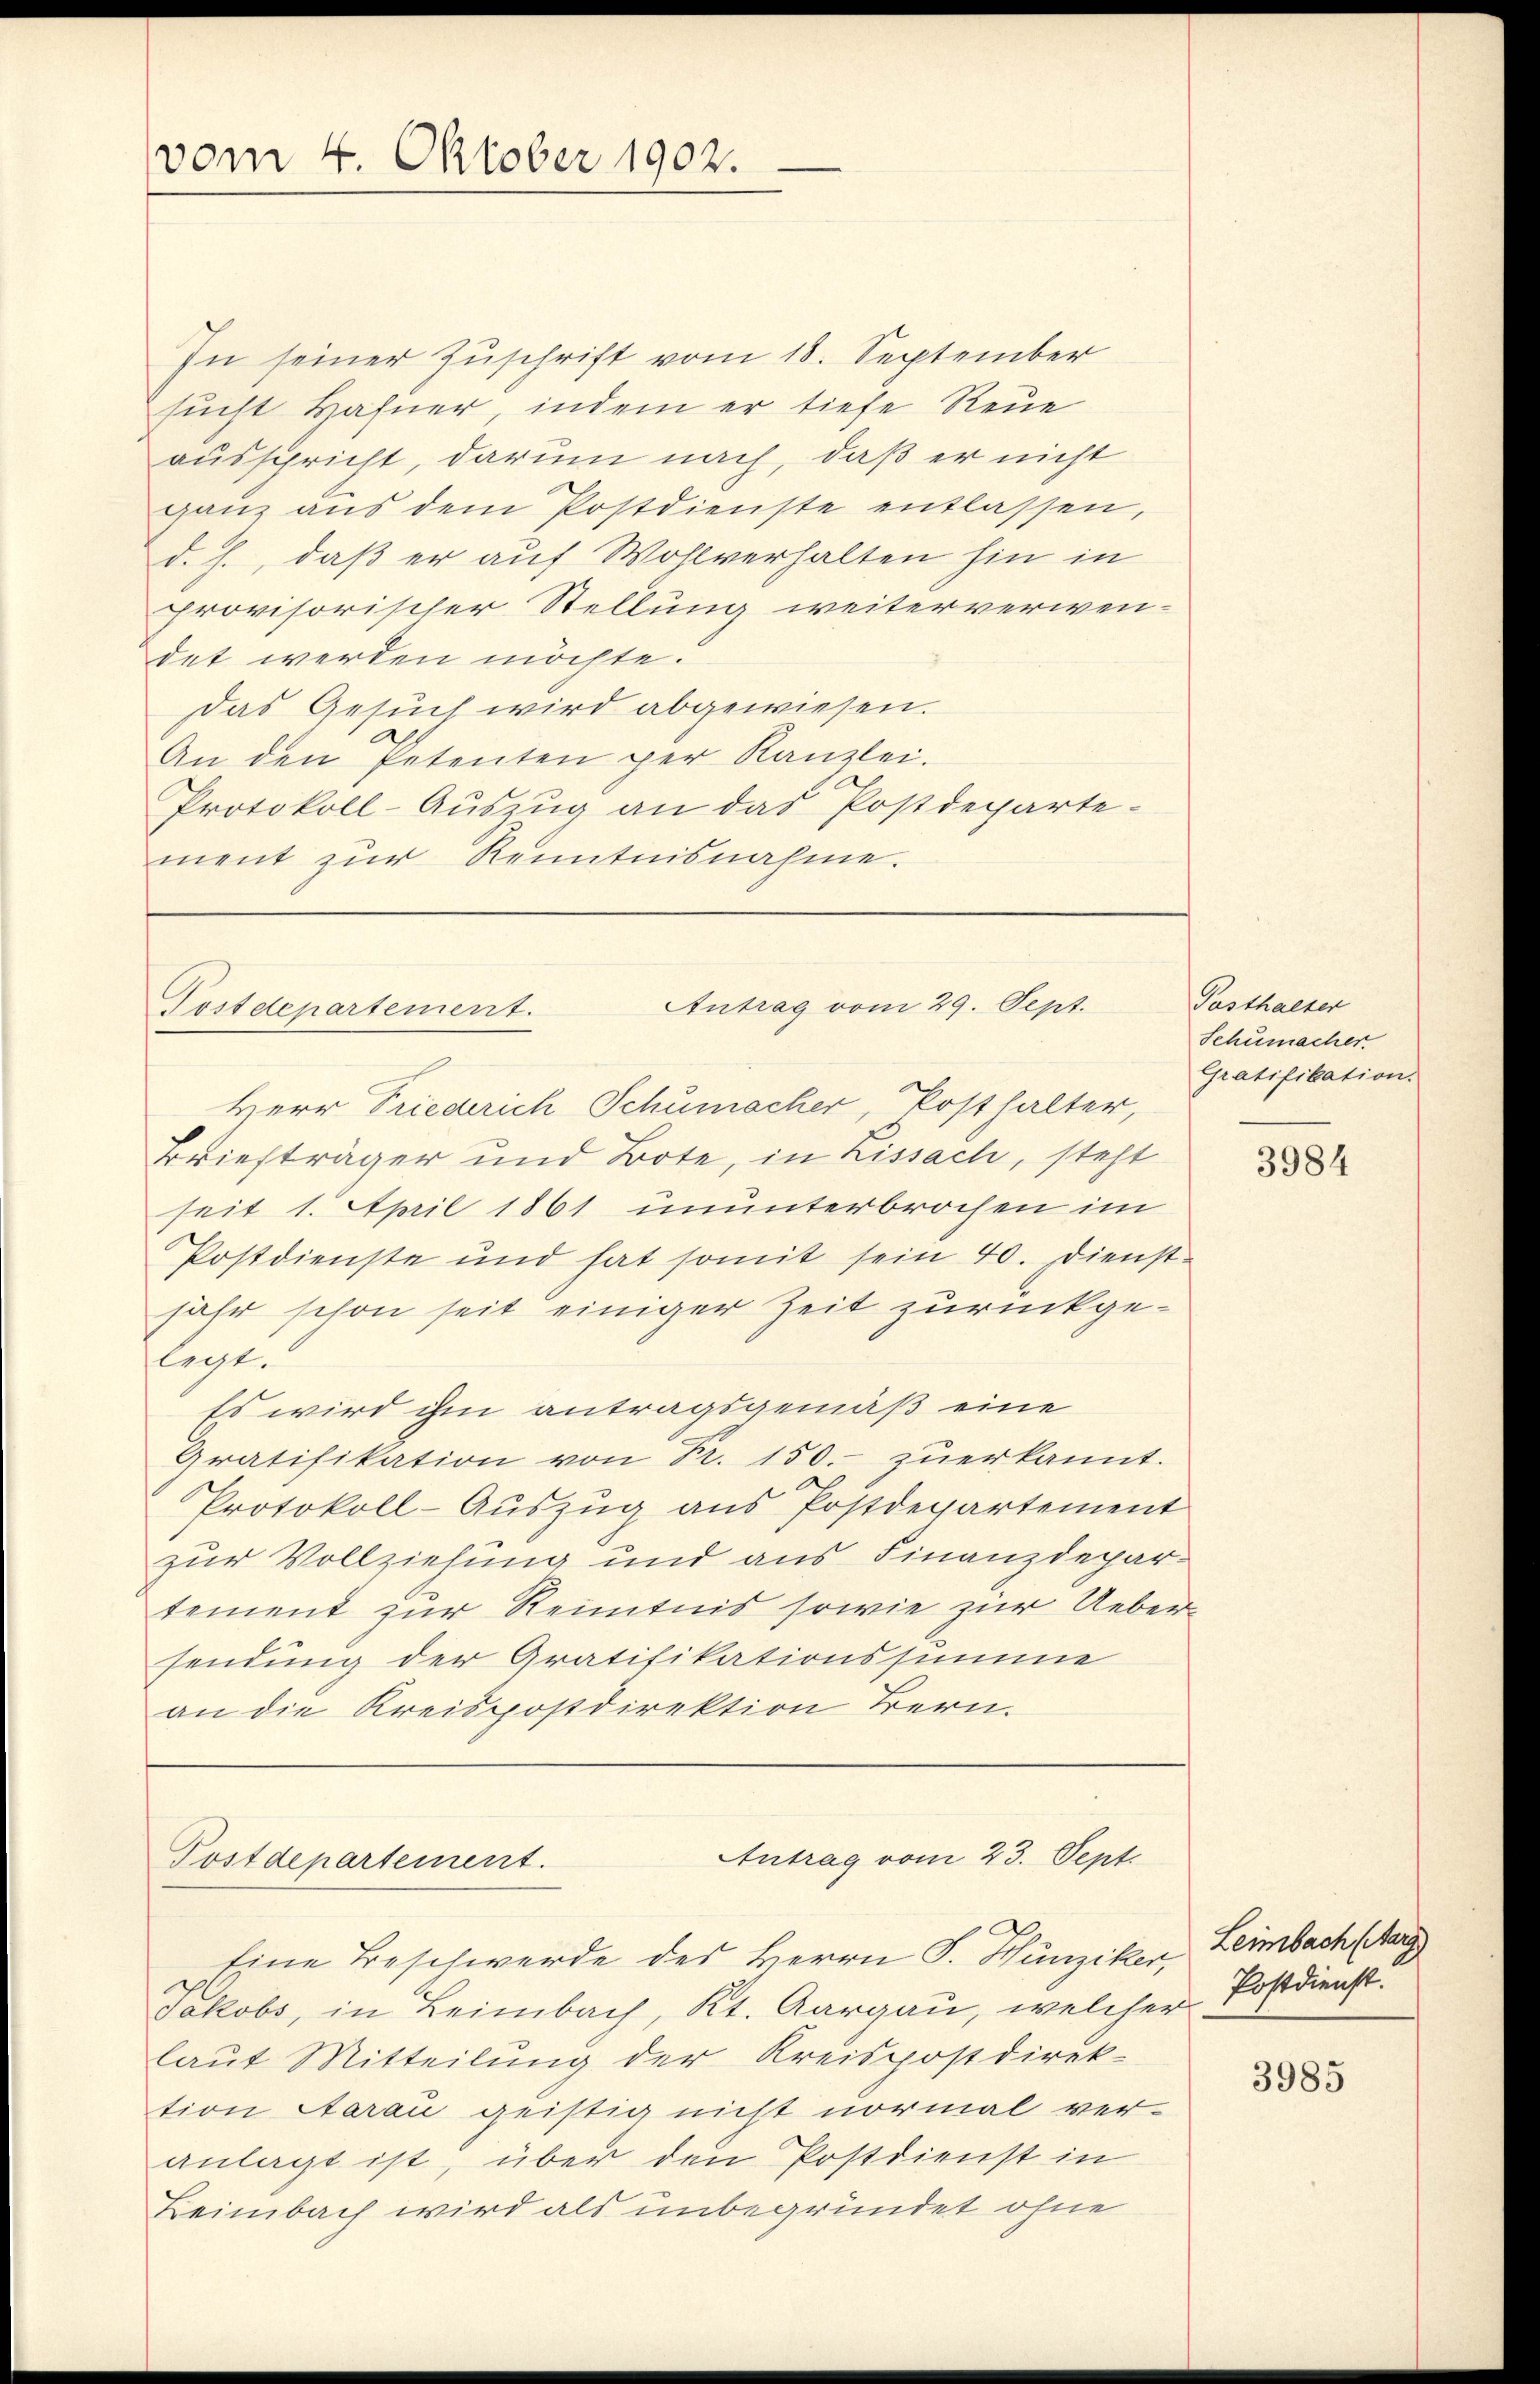
vom 4. Oktober 1902.

In seiner Zuschrift vom 18. September
sucht Hahner, indem er tiefe Reue
ausspricht, darum nach, daß er nicht
ganz aŭs dem Postdienste entlassen,
d. h., daß er auf Wohlverhalten hin in
provisorischer Stellung weiterverwen-
det werden möchte.
Das Gesuch wird abgewiesen.
An den Petenten per Kanzlei.
Protokoll-Auszug an das Postdeparte-
ment zur Kenntnisnahme.

Antrag vom 29. Sept.
Postdepartement.

Postdepartement.

Antrag vom 23. Sept.
Eine Beschwerde des Herrn J. Hunziker, Leimbach Marg

Herr Friederich Schumacher, Posthalter,
Briefträger und Bote, in Lissach, steht
seit 1. April 1861 ununterbrochen im
Postdienste und hat somit sein 40. Dienst
jahr schon seit einiger Zeit zurückgelegt.
Es wird ihm antragsgemäß eine
Gratifikation von Nr. 150.- zuerkannt.
Protokoll-Auszug aus Postdepartement
zur Vollziehung und aus Finanzdepartement zur Kenntnis sowie zur Uebersendung der Gratifikationssumme
an die Kreispostdirektion Bern.

Jakobs, in Leimbach, Kt. Aargau, welcher Postdienstlaut Mitteilung der Kreispostdirek-
tion Aarau geistig nicht vormal ver-
anlagt ist, über den Postdienst in
Leimbach wird als unbegründet ohne

Posthalter
Schumacher
Gratifikation.

3984

3985